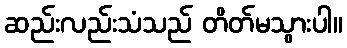
ဆည်းလည်းသံသည် တိတ်မသွားပါ။